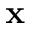
\mathbf { x }